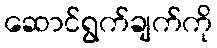
ဆောင်ရွက်ချက်ကို